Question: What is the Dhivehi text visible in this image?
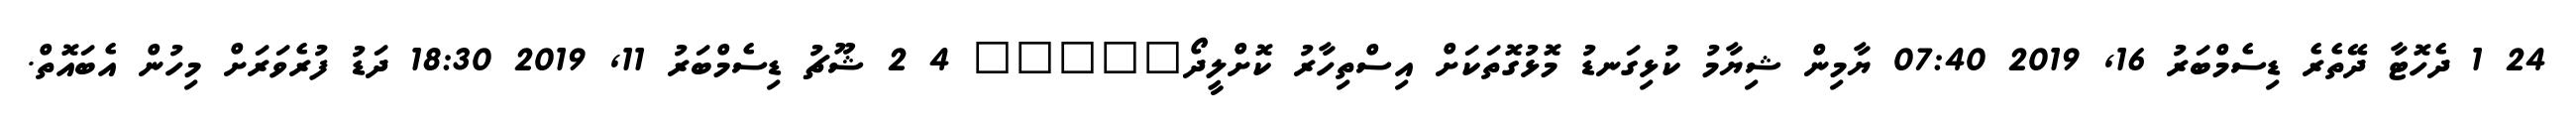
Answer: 24 1 ދެހޮޓާ ދޭތެރެ ޑިސެމްބަރު 16, 2019 07:40 ޔާމިން ޝިޔާމު ކުޅިގަނޑު މޮޅުގޮތަކަށް އިސްތިހާރު ކޮށްލީދޯ????? 4 2 ޝޫޗު ޑިސެމްބަރު 11, 2019 18:30 ދަޑު ފުރެވަރަށް މިހުން އެބައޮތް.